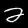
Label: 2